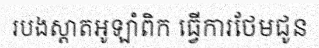
របងស្តាតអូឡាំពិក ធ្វើការថែមជូន